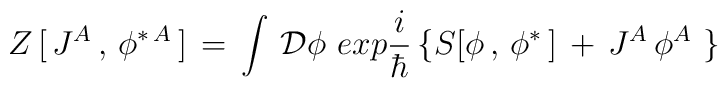
Z \,[\,J^A\,,\,\phi^{\ast\,A}\,] \,=\,\int\,{\cal D}\phi \,\,exp {i\over \hbar}\,\{ S[\phi\,,\,\phi^\ast \,] \,+\,J^A\,\phi^A \,\,\}